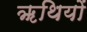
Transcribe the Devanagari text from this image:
ॠथियों